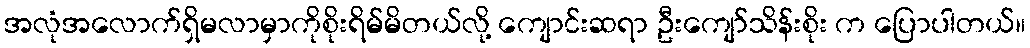
အလုံအလောက်ရှိမလာမှာကိုစိုးရိမ်မိတယ်လို့ ကျောင်းဆရာ ဦးကျော်သိန်းစိုး က ပြောပါတယ်။